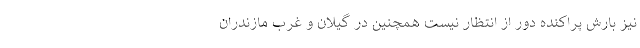
نیز بارش پراکنده دور از انتظار نیست همچنین در گیلان و غرب مازندران